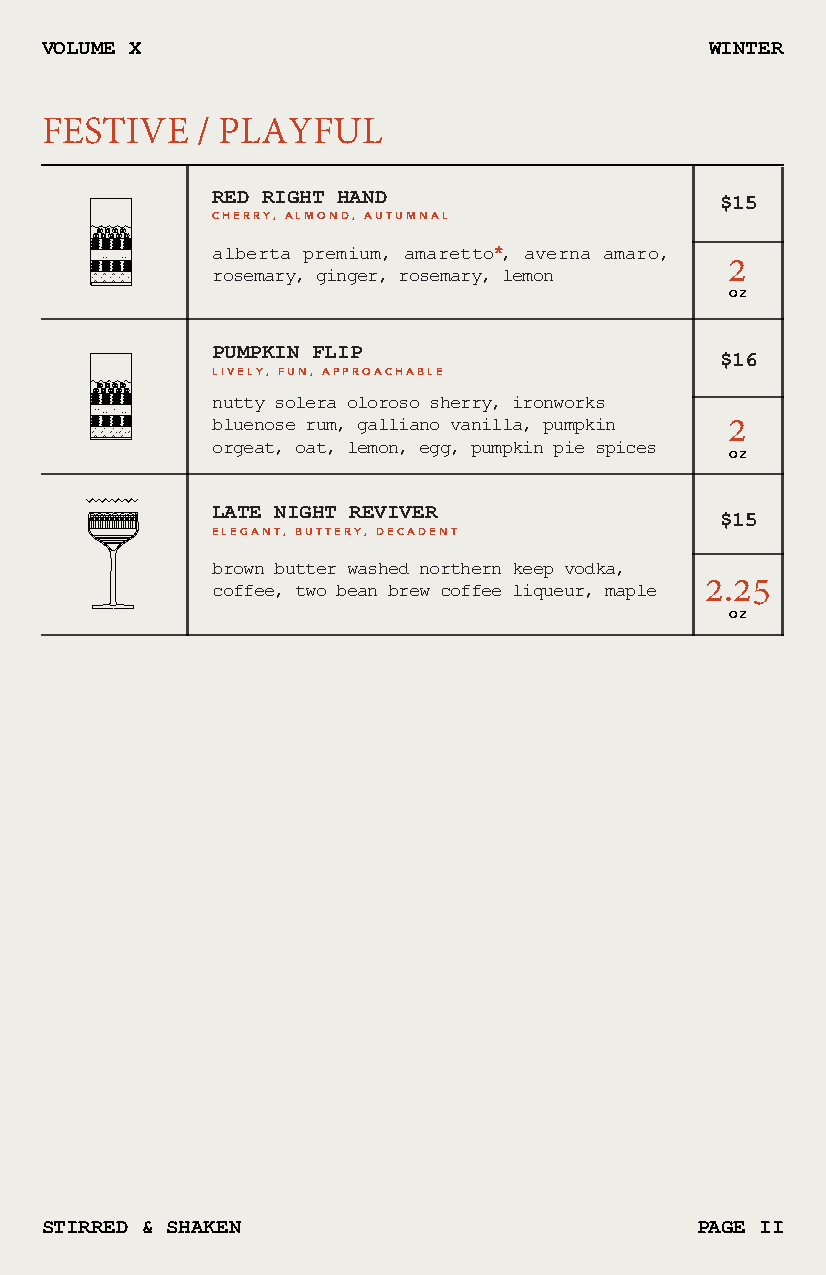
VOLUME X                                    WINTER
 FESTIVE   / PLAYFUL
 RED RIGHT HAND                    $15
 CHERRY, ALMOND, AUTUMNAL
 alberta premium, amaretto*, averna amaro, 2
 rosemary, ginger, rosemary, lemon
 OZ
 PUMPKIN FLIP
 $16
 LIVELY, FUN, APPROACHABLE
 nutty solera oloroso sherry, ironworks
 2
 bluenose rum, galliano vanilla, pumpkin
 orgeat, oat, lemon, egg, pumpkin pie spices OZ
 LATE NIGHT REVIVER
 $15
 ELEGANT, BUTTERY, DECADENT
 brown butter washed northern keep vodka,
 2.25
 coffee, two bean brew coffee liqueur, maple
 OZ
 STIRRED & SHAKEN                           PAGE II